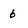
Character: 6